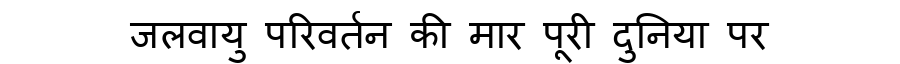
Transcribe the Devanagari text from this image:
जलवायु परिवर्तन की मार पूरी दुनिया पर